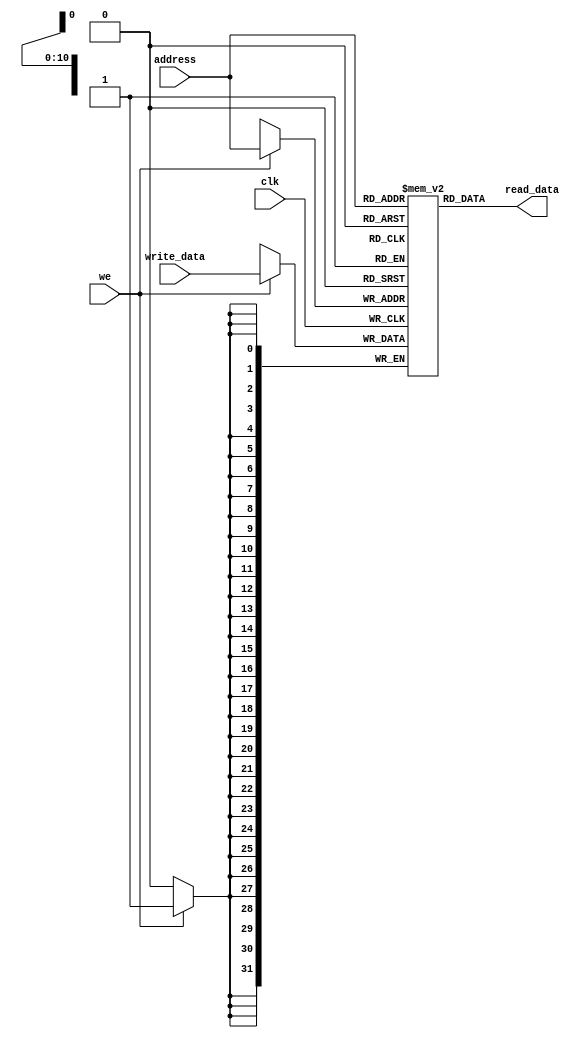
`timescale 1ns / 1ps

module myRam(
    input clk,
    input we,
    input [31:0] write_data,
    input [10:0] address,
    output [31:0] read_data
    );
    reg [31:0] ram [0:2047];
    integer i;

    always @(posedge clk) begin
        if (we == 1) ram[address] <= write_data;
    end

    assign read_data = ram[address];

endmodule